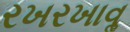
રખરખાવૢ